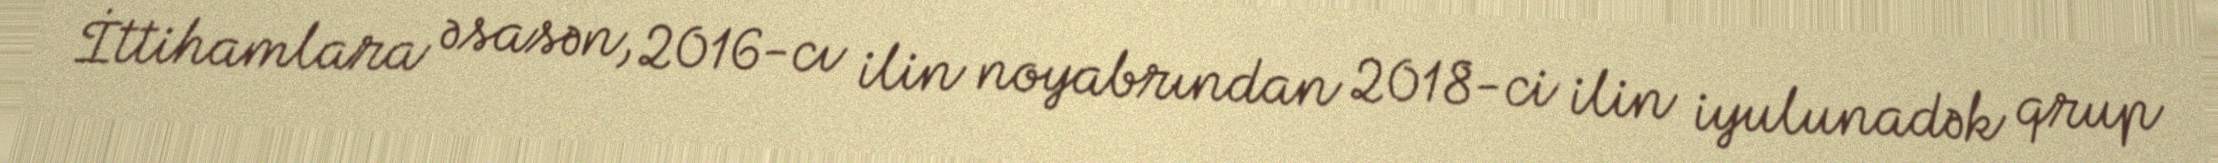
İttihamlara əsasən, 2016-cı ilin noyabrından 2018-ci ilin iyulunadək qrup